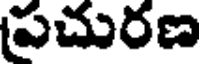
పచురణ